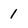
Character: 1